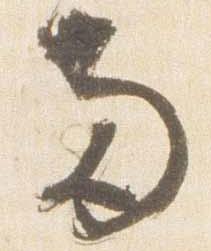
両